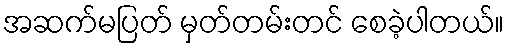
အဆက်မပြတ် မှတ်တမ်းတင် စေခဲ့ပါတယ်။